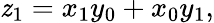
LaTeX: \mathit{z}_{1}=x_{1}y_{0}+x_{0}y_{1},